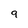
Character: 9